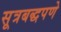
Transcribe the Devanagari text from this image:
सूत्रबद्धपणे